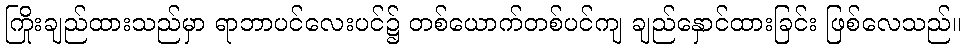
ကြိုးချည်ထားသည်မှာ ရာဘာပင်လေးပင်၌ တစ်ယောက်တစ်ပင်ကျ ချည်နှောင်ထားခြင်း ဖြစ်လေသည်။